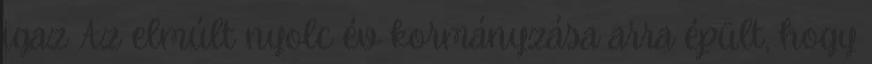
igaz Az elmúlt nyolc év kormányzása arra épült, hogy